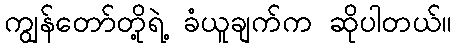
ကျွန်တော်တို့ရဲ့ ခံယူချက်က ဆိုပါတယ်။